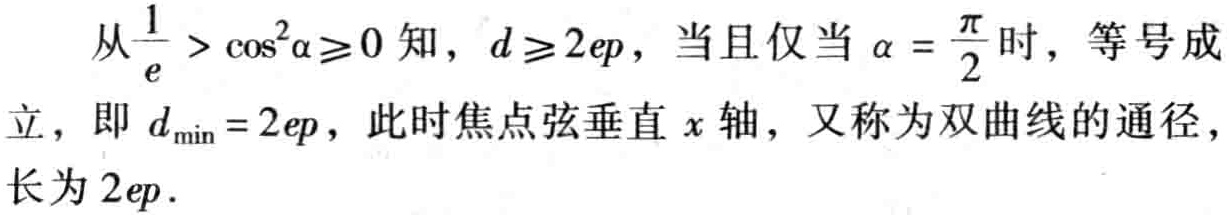
从\(\frac{1}{e} > \cos^{2}\alpha \geqslant 0\)知，\(d\geqslant 2ep\)，当且仅当\(\alpha = \frac{\pi}{2}\)时，等号成立，即\(d_{\min}=2ep\)，此时焦点弦垂直\(x\)轴，又称为双曲线的通径，长为\(2ep\).